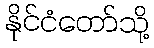
နိုင်ငံတော်သို့